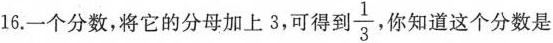
16.一个分数，将它的分母加上3，可得到 \frac{1}{3}，你知道这个分数是